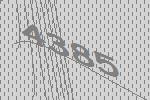
4385